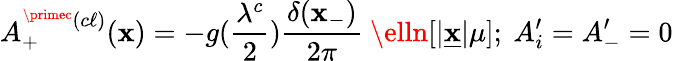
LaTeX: A_{+}^{^\primec(c\ell)}(\mathbf{x})=-g({\frac{{\lambda^{c}}}{{2}}}){\frac{{\delta(\mathbf{x}_{-})}}{{2\pi}}}\ \elln[\vert\underline{{{{\mathbf{x}}}}}\vert\mu];\ A_{i}^{\prime}=A_{-}^{\prime}=0